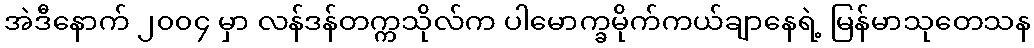
အဲဒီနောက် ၂၀၀၄ မှာ လန်ဒန်တက္ကသိုလ်က ပါမောက္ခမိုက်ကယ်ချာနေရဲ့ မြန်မာသုတေသန